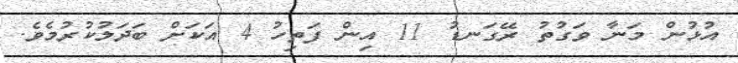
އުޅުން މަނާ ވަގުތު ރޭގަނޑު 11 އިން ފަތިހު 4 އަކަށް ބަދަލުކުރުމެވެ.